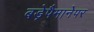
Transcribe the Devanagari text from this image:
बड़ेपैमानेपर